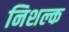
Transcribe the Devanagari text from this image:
निशल्क